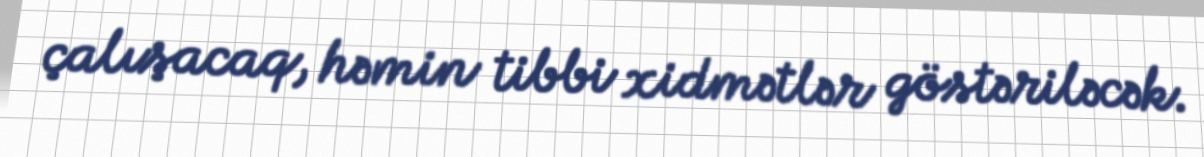
çalışacaq, həmin tibbi xidmətlər göstəriləcək.